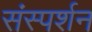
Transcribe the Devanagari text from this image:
संस्पर्शन